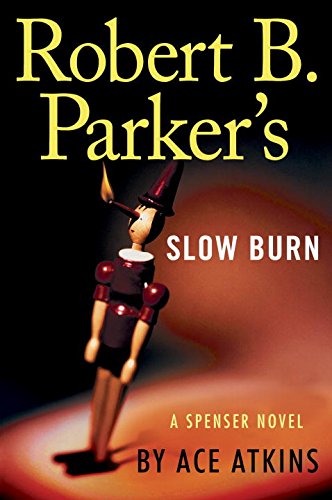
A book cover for Robert B. Parker's Slow Burn (Spenser); Ace Atkins; Mystery, Thriller & Suspense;